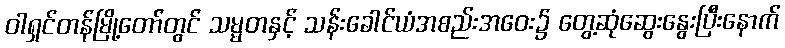
ဝါရှင်တန်မြို့တော်တွင် သမ္မတနှင့် သန်းခေါင်ယံအစည်းအဝေး၌ တွေ့ဆုံဆွေးနွေးပြီးနောက်